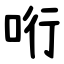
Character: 哘